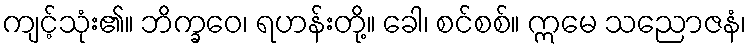
ကျင့်သုံး၏။ ဘိက္ခဝေ၊ ရဟန်းတို့။ ခေါ၊ စင်စစ်။ ဣမေ သညောဇနံ၊